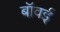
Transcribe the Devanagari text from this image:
बॉवई